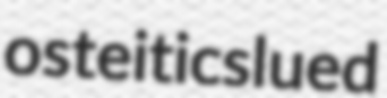
osteitic slued